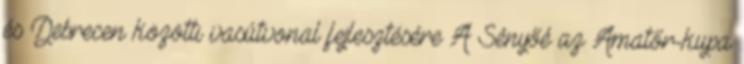
és Debrecen közötti vasútvonal fejlesztésére A Sényőé az Amatőr-kupa